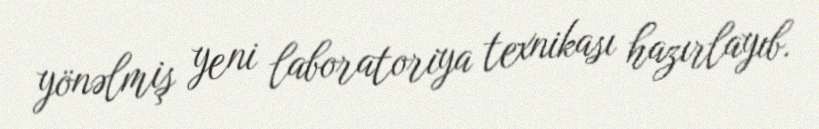
yönəlmiş yeni laboratoriya texnikası hazırlayıb.